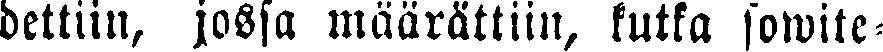
dettiin, jossa määrättiin, kutka sowite-